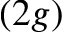
( 2 g )